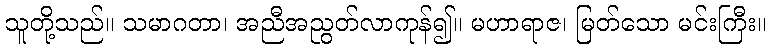
သူတို့သည်။ သမာဂတာ၊ အညီအညွတ်လာကုန်၍။ မဟာရာဇ၊ မြတ်သော မင်းကြီး။